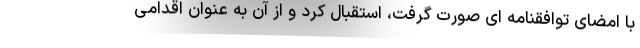
با امضای توافقنامه ای صورت گرفت، استقبال کرد و از آن به عنوان اقدامی